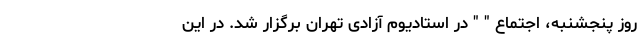
روز پنجشنبه، اجتماع " " در استادیوم آزادی تهران برگزار شد. در این